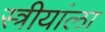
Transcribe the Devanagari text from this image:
स्त्रीयांला